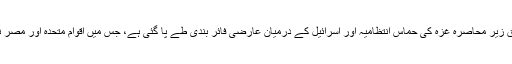
تفصیلات کے مطابق زیر محاصرہ غزہ کی حماس انتظامیہ اور اسرائیل کے درمیان عارضی فائر بندی طے پا گئی ہے، جس میں اقوام متحدہ اور مصر نے اہم کردار ادا کیا۔